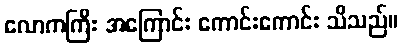
လောကကြီး အကြောင်း ကောင်းကောင်း သိသည်။